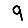
Digit: 9